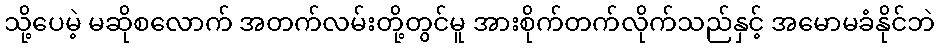
သို့ပေမဲ့ မဆိုစလောက် အတက်လမ်းတို့တွင်မူ အားစိုက်တက်လိုက်သည်နှင့် အမောမခံနိုင်ဘဲ